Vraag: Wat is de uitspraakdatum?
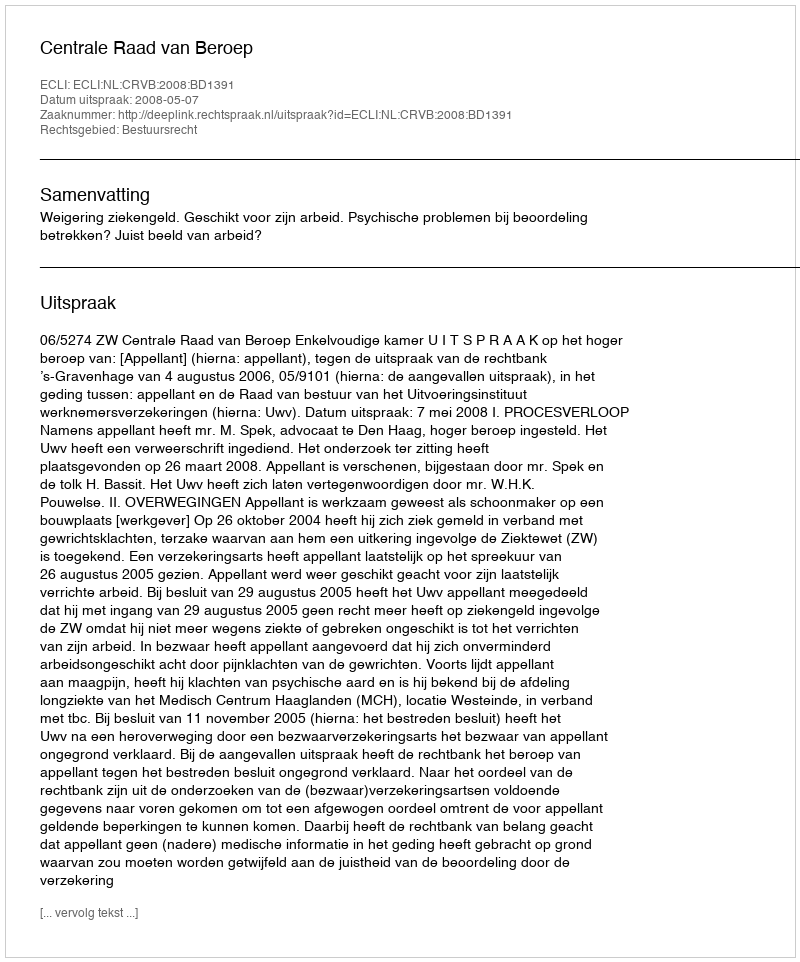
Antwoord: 2008-05-07